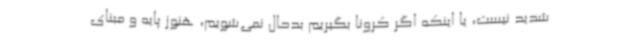
شدید نیست، یا اینکه اگر کرونا بگیریم بدحال نمی‌شویم، هنوز پایه و مبنای